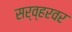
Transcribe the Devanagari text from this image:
सर्व्हरवर